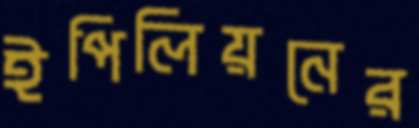
ইপিলিয়নের